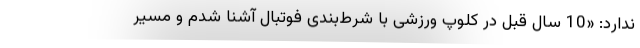
ندارد: «10 سال قبل در کلوپ ورزشی با شرط‌بندی فوتبال آشنا شدم و مسیر